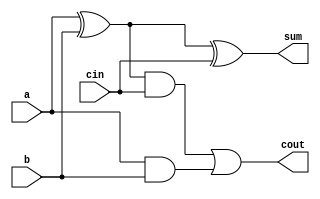
`timescale 1ns / 1ps
// Full Adder
module FA(
output sum, cout, 
input a, b, cin
);
  wire w0, w1, w2;
  
  xor  (w0, a, b);
  xor  (sum, w0, cin);
  
  and  (w1, w0, cin);
  and  (w2, a, b);
  or  (cout, w1, w2);
endmodule